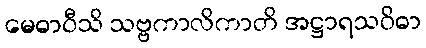
မေဓာဝီသိ သဗ္ဗကာလိကာတိ အဋ္ဌာရသဝိဓာ